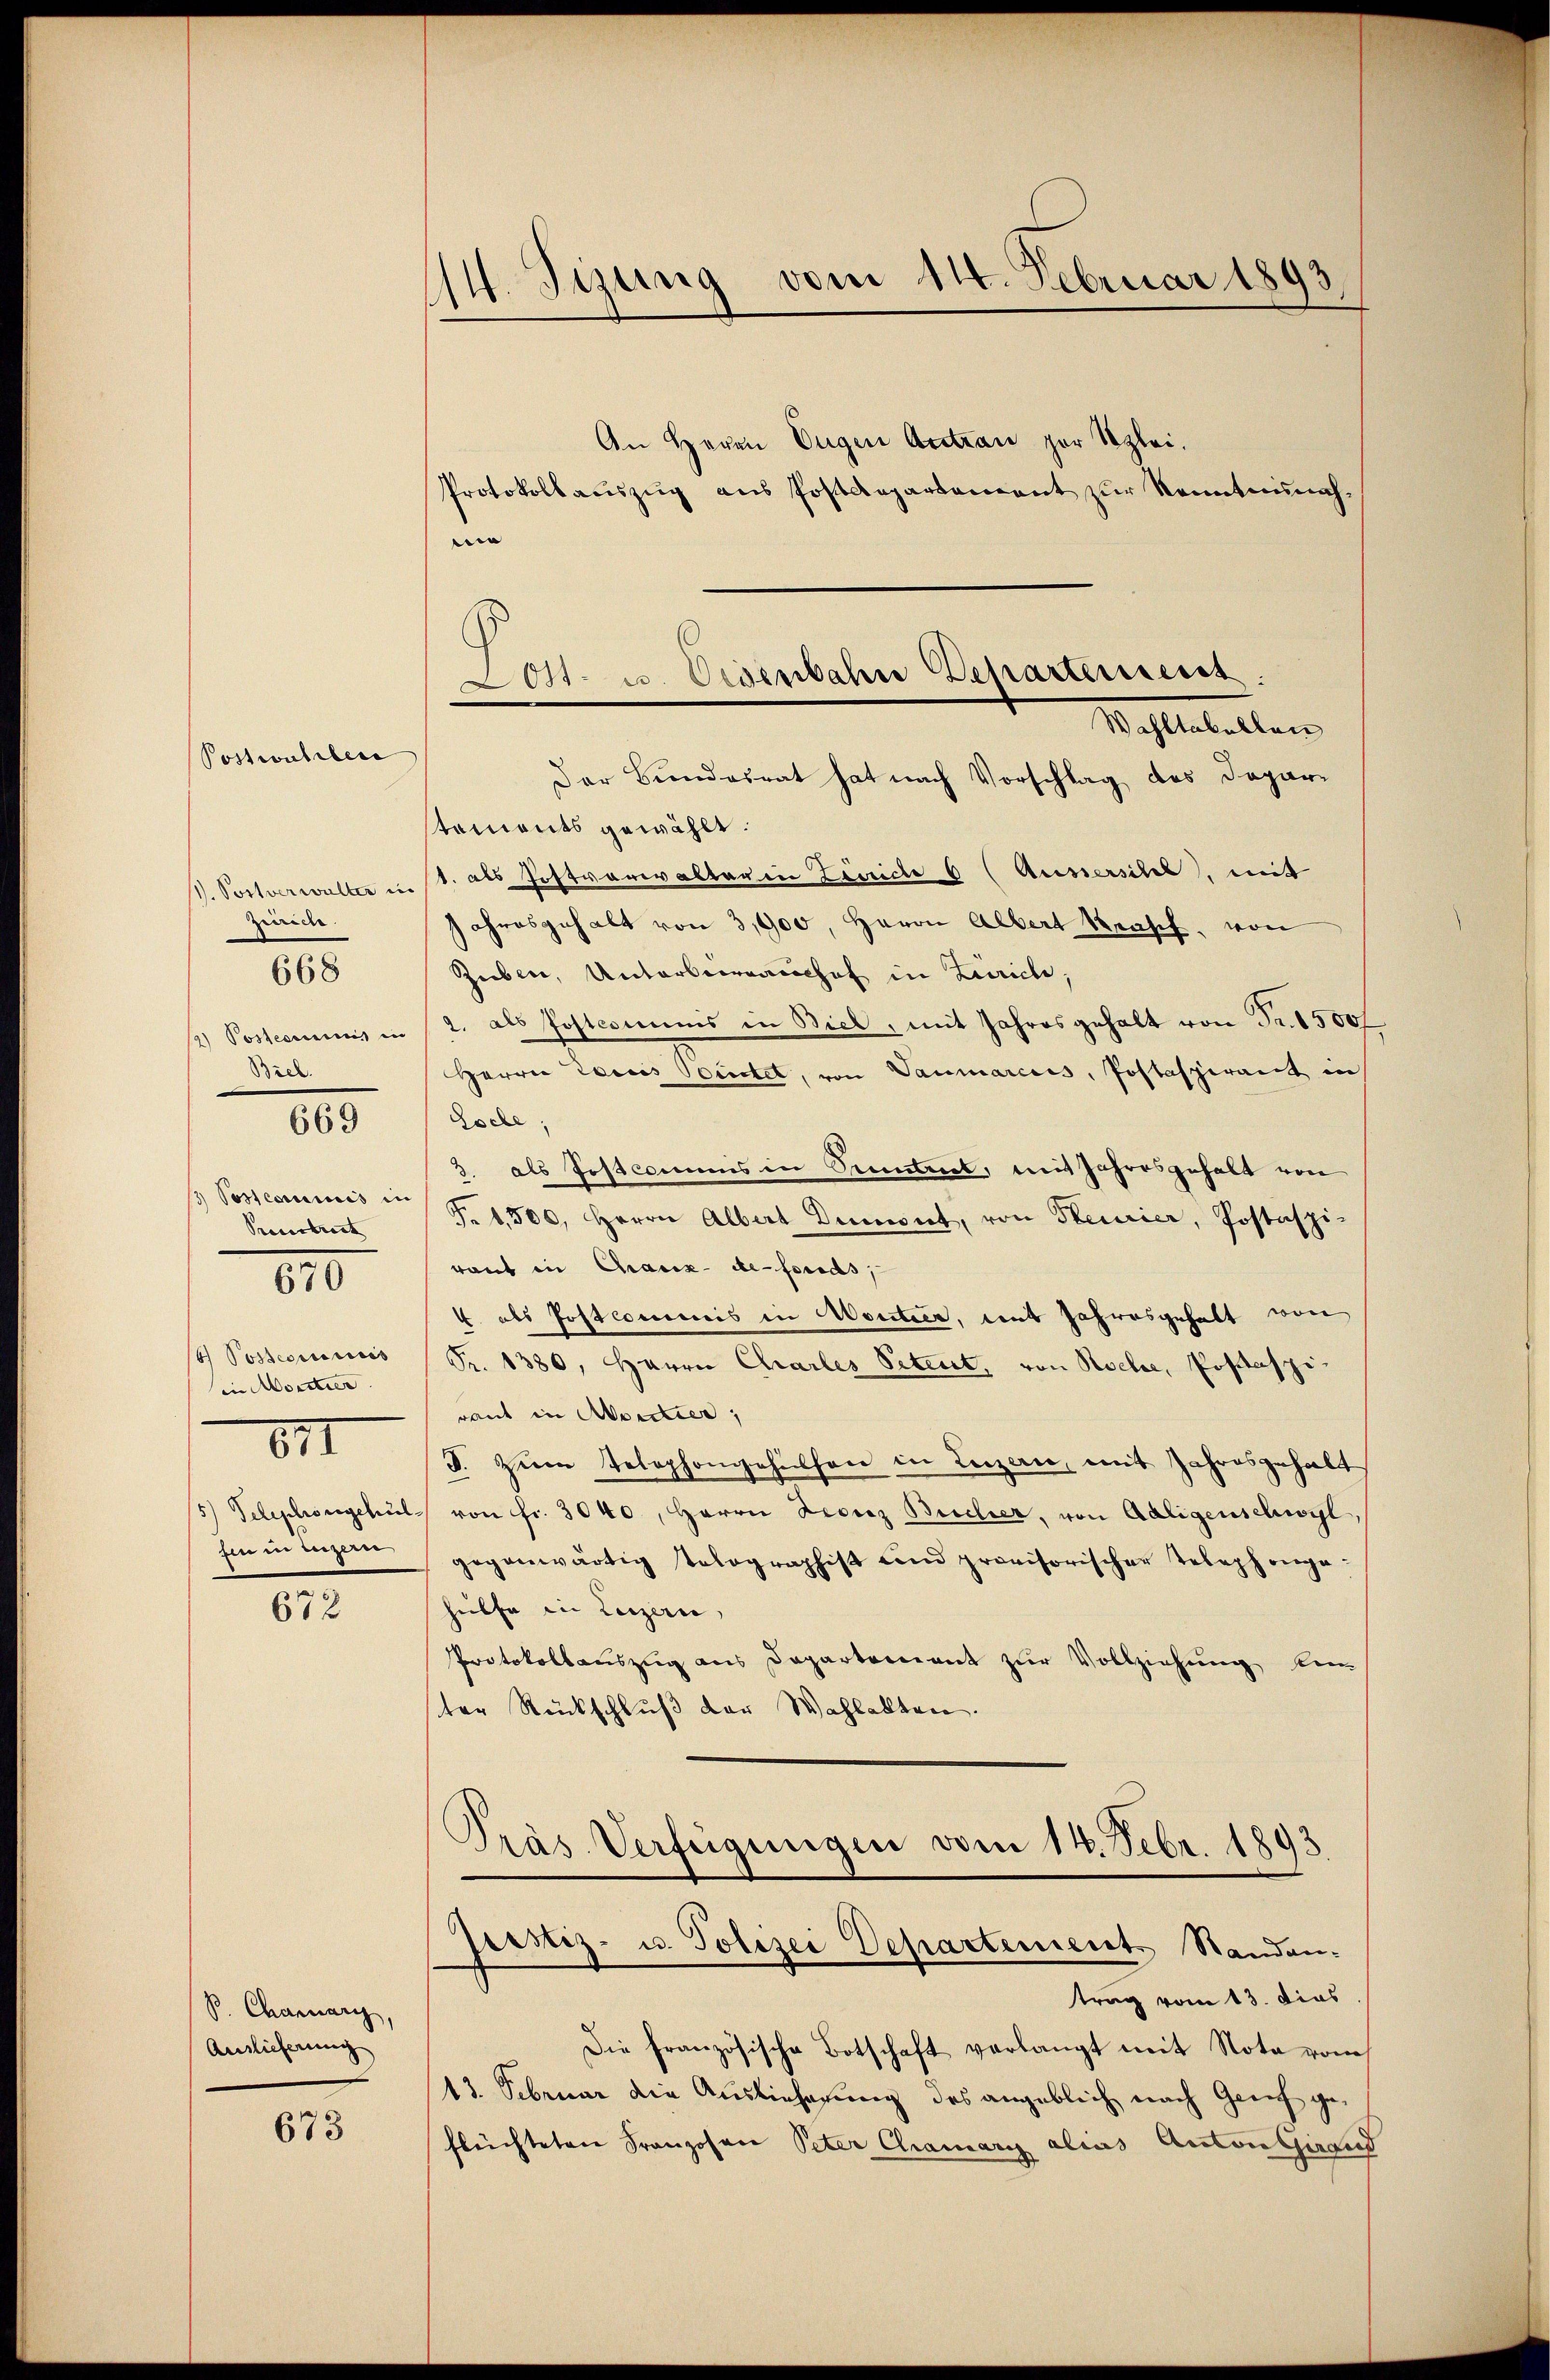
1. Postverwalter in
Zürich
668
1) Posterminis in
Biel.

Postwahlene

669

3) Postcommis in
Prevertract
16) Postcommis
in Moritier. |
871
5.) Telephonischul
fin in Luzern

670

672

P. Channary,
Auslieferung

673

14. Jung vom 11. Februar 1893

ott. u. Visenbahn Departerreisz
Wahlestellen

An Herrn Eugen Antran zur Soglei¬
Protokollaŭszŭg ans Postdepartement zŭr Kenntnisnahein
Der Bundesrat hat nach Vorschlag des Deparstaments gewählt.
1. als Postverwalter in Livricle 6 (Ausserschel, mit
Jahresgehalt von 3,900, Herrn Albert Krasch, von
Zuber, Unterbermanchef in Zürich,
2. als Postcommis in Biel, mit Jahresgehalt von Fr. 1500f
Herrn Leides Vortet, von Saumarciis, Postaspirant in
Esche
3. als Postcommuns in Seitet, mit Jahresgehalt von
F. 1,500, Herrn Albert Demont, von Seurier, Postspi-
raut in Chaux-de-Fonds,
4. als Postcommis in Moutier, und Jahresgehalt von
Pr. 1380, Herrn Charles Petent, von Rocher, Posttaspi
raut in Abortier,
F. zum Telephongehülfen in Luzern, mit Jahresgehalt
von Fr. 3040, Herrn Levicz Bücher, von Aaligenschwyl,
gegenwärtig talographist und provisorischer Telephonge
hülfe in Luzern,
Protokollauszug aus Departement zur Vollziehung ken
ter Rückschlŭβ der Wahlalten.
Prás Verfügungen vom 14. Febr. 1893

serstiz- u. Polizei Departements Standan¬

trag vom 13. dies
Die französische Botschaft verlangt mit Nota vom
13. Februar die Auslieferung des angeblich nach Greif geflüchteten Franzosen Peter Chramari alias Anton Girand